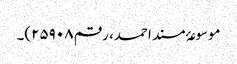
موسوعۂ مسند احمد، رقم ۲۵۹۰۸)۔